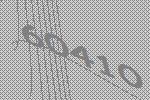
60410